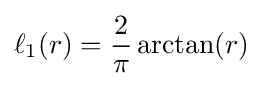
\ell _{1}(r)={\frac {2}{\pi }}\arctan(r)